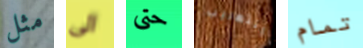
مثل الى حتى التهريب تمام